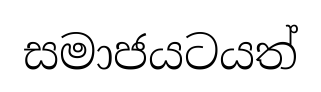
සමාජයටයත්